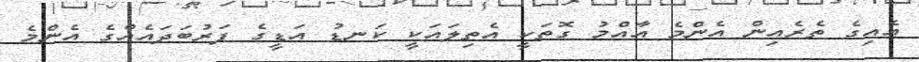
އެއިގެ ތެރެއިން އެންމެ އާއްމު ގޮތަކީ އެތިލައަކީ ކަނޑު އަޑީގެ ފަރުބަދައެއްގެ އެންމެ